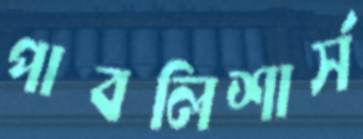
পাবলিশার্স